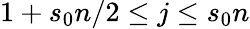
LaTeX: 1+s_{0}n/2\le j\le s_{0}n